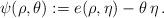
LaTeX: \begin{align*} \psi(\rho,\theta):= e(\rho, \eta) -\theta\, \eta\,.\end{align*}